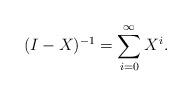
LaTeX: \begin{align*}(I-X)^{-1}=\sum^{\infty}_{i=0}X^{i}.\end{align*}